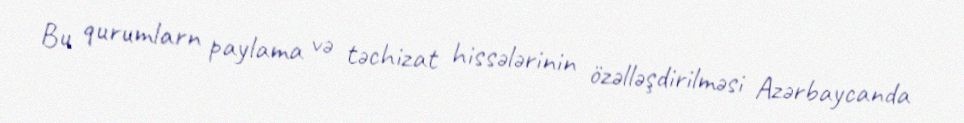
Bu qurumlarn paylama və təchizat hissələrinin özəlləşdirilməsi Azərbaycanda